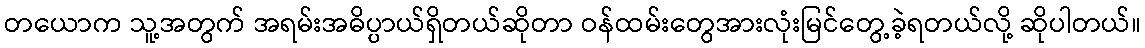
တယောက သူ့အတွက် အရမ်းအဓိပ္ပာယ်ရှိတယ်ဆိုတာ ဝန်ထမ်းတွေအားလုံးမြင်တွေ့ခဲ့ရတယ်လို့ ဆိုပါတယ်။